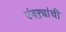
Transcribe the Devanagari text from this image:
उंबऱ्यांची